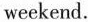
weekend.